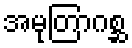
အမုတြာဂစ္ဆ